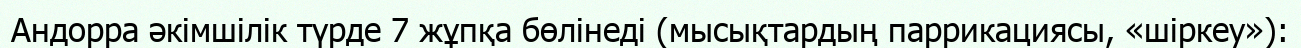
Андорра әкімшілік түрде 7 жұпқа бөлінеді (мысықтардың паррикациясы, «шіркеу»):